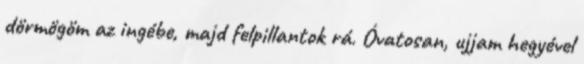
dörmögöm az ingébe, majd felpillantok rá. Óvatosan, ujjam hegyével